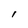
Character: I